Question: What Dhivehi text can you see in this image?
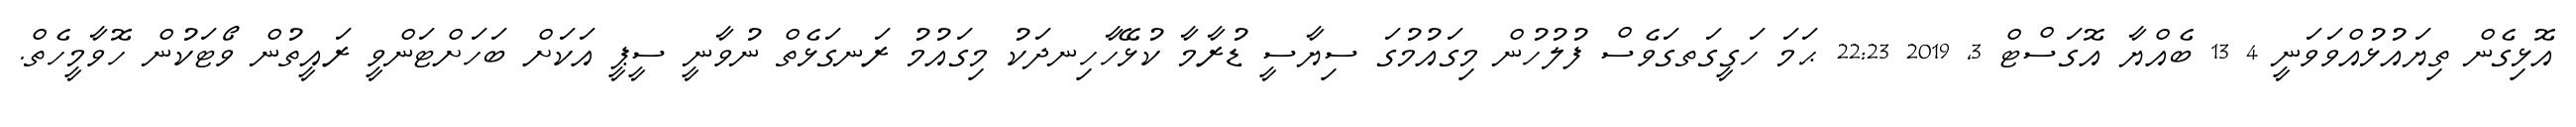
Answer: އޮޅިގެން ތިޔައުޅުއްވަވަނީ 4 13 ބެއްޔާ އޮގަސްޓް 3, 2019 22:23 ޙަމަ ހަގީގަތގަވެސް ފުލުހުން މިގައުމުގަ ސިޔާސީ ޑުރާމާ ކުޅޭހާހިނދަކު މިގައުމު ރަނގަޅެތް ނުވާނީ ސީޕީ އަކަށް ބަހަށްޓަންވީ ރައީތުން ވޯޓަކުން ހޮވާމީހެތް.